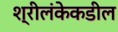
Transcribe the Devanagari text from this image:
श्रीलंकेकडील